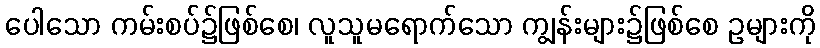
ပေါသော ကမ်းစပ်၌ဖြစ်စေ၊ လူသူမရောက်သော ကျွန်းများ၌ဖြစ်စေ ဥများကို